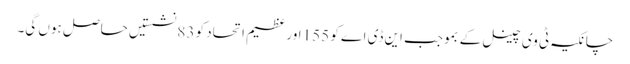
چانکیہ ٹی وی چینل کے بموجب این ڈی اے کو 155 اور عظیم اتحاد کو 83 نشستیں حاصل ہوں گی۔